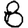
Digit: 8